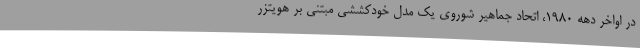
در اواخر دهه 1980، اتحاد جماهیر شوروی یک مدل خودکششی مبتنی بر هویتزر